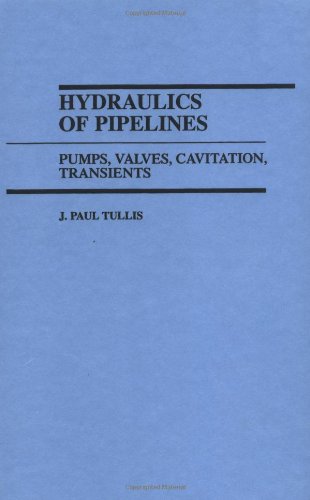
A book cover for Hydraulics of Pipelines: Pumps, Valves, Cavitation, Transients; J. Paul Tullis; Science & Math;